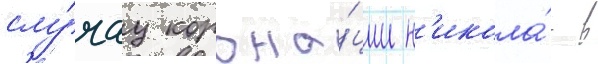
слу́чау корона́ции н'икола́я в